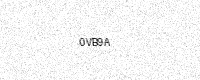
Text: 0VB9A